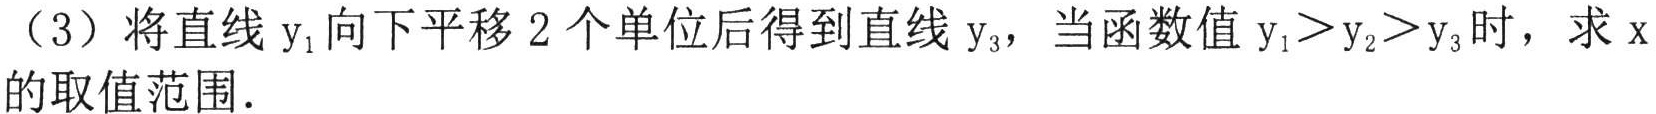
（3）将直线\(y_{1}\)向下平移\(2\)个单位后得到直线\(y_{3}\)，当函数值\(y_{1}>y_{2}>y_{3}\)时，求\(x\)的取值范围．